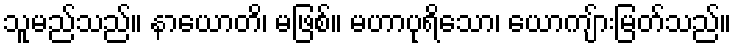
သူမည်သည်။ နာယောတိ၊ မဖြစ်။ မဟာပုရိသော၊ ယောကျ်ားမြတ်သည်။